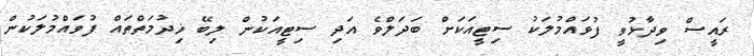
ރައީސް ވިދާޅުވީ ފުވައްމުލަކު ސިޓީއަކަށް ބަދަލްވެ އަދި ސިޓީއަކުން ލިބޭ ޚިދުމަތްތައް ފުވައްމުލަކުން